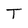
Character: T